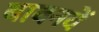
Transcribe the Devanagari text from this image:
बावनवें